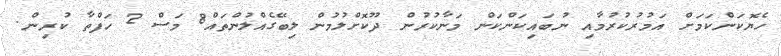
ހެޔޮކަންކަމަށް އަމުރުކުރުމާއި ނުބައިކަންކަން މަނާކުރުން ދޫކޮށްލުމުން ލިބޭގެއްލުންތައް8 މަސް 2 ހަފްތާ ކުރިން.